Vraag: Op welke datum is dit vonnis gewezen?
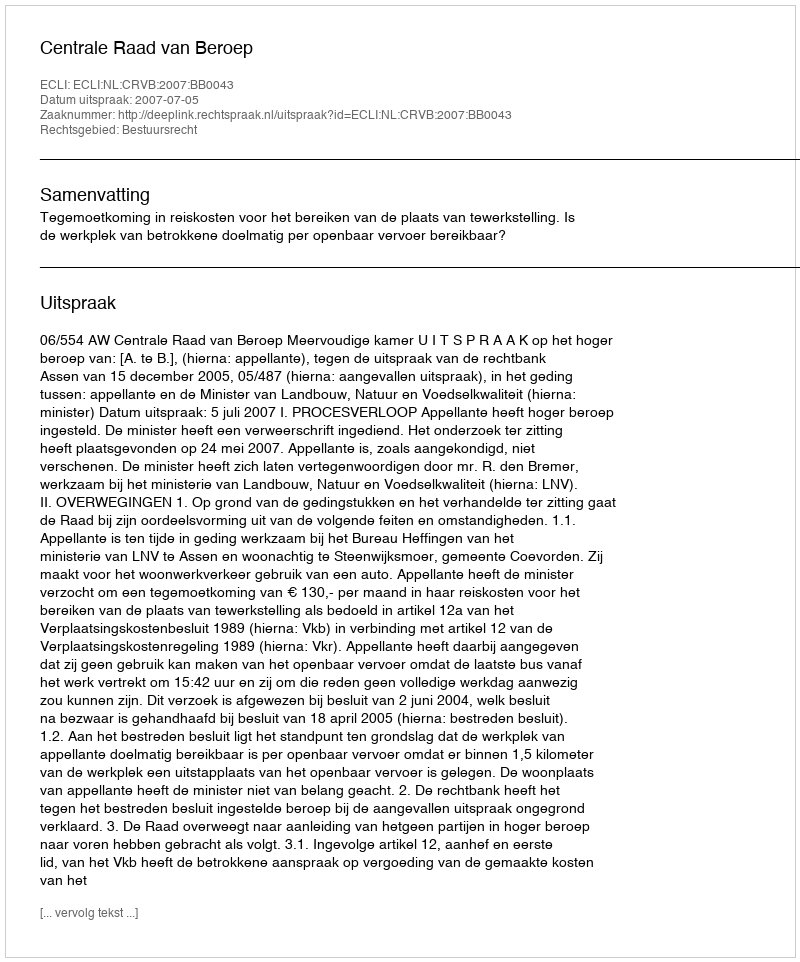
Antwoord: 2007-07-05